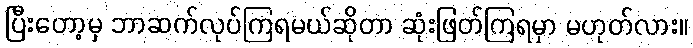
ပြီးတော့မှ ဘာဆက်လုပ်ကြရမယ်ဆိုတာ ဆုံးဖြတ်ကြရမှာ မဟုတ်လား။